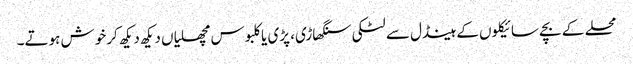
محلے کے بچے سائیکلوں کے ہینڈل سے لٹکی سنگھاڑی، پڑی یا کلبوس مچھلیاں دیکھ دیکھ کر خوش ہوتے۔